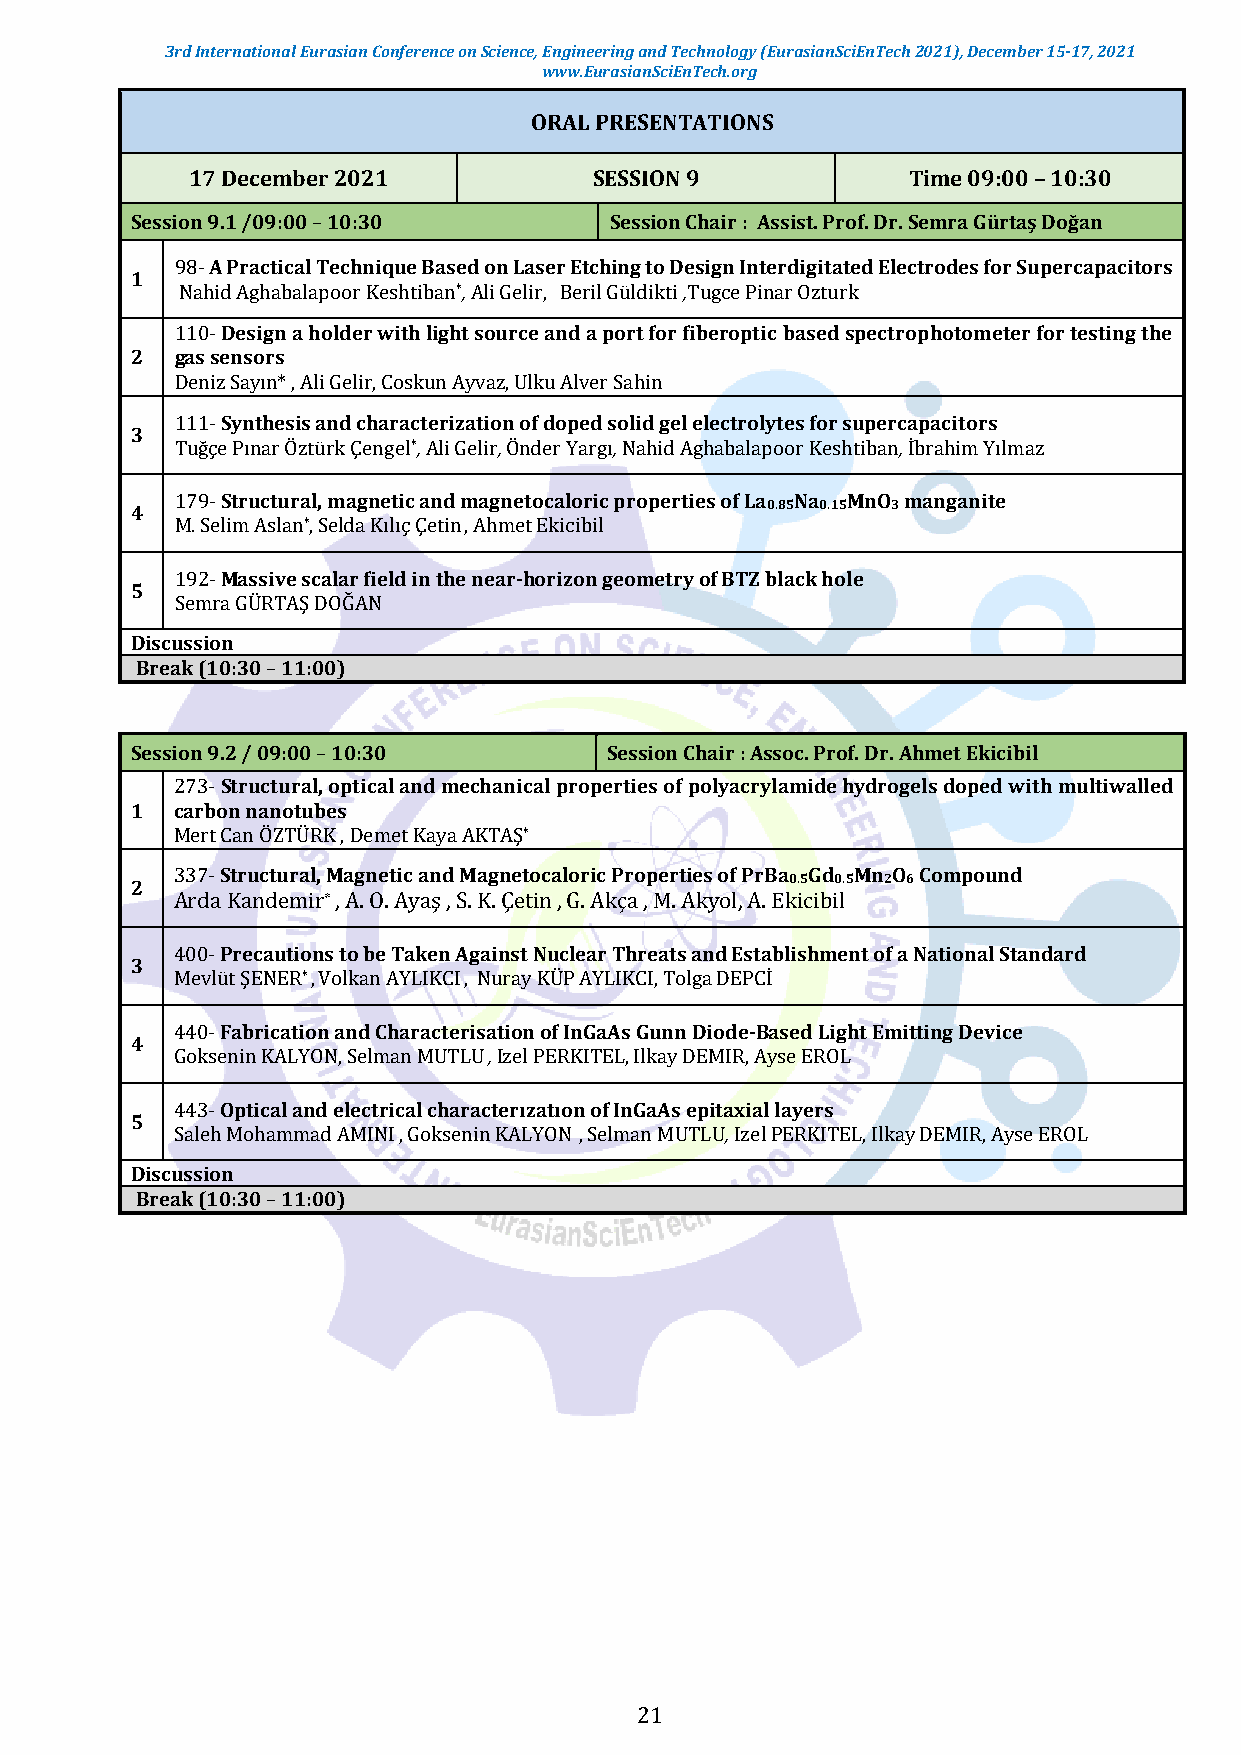
3rd International Eurasian Conference on Science, Engineering and Technology (EurasianSciEnTech 2021), December 15-17, 2021
 www.EurasianSciEnTech.org
 ORAL PRESENTATIONS
 17 December 2021           SESSION 9            Time 09:00 – 10:30
 Session 9.1 /09:00 – 10:30     Session Chair : Assist. Prof. Dr. Semra Gürtaş Doğan
 98- A Practical Technique Based on Laser Etching to Design Interdigitated Electrodes for Supercapacitors
 1
 Nahid Aghabalapoor Keshtiban*, Ali Gelir, Beril Güldikti ,Tugce Pinar Ozturk
 110- Design a holder with light source and a port for fiberoptic based spectrophotometer for testing the
 2  gas sensors
 Deniz Sayın* , Ali Gelir, Coskun Ayvaz, Ulku Alver Sahin
 111- Synthesis and characterization of doped solid gel electrolytes for supercapacitors
 3
 Tuğçe Pınar Öztürk Çengel*, Ali Gelir, Önder Yargı, Nahid Aghabalapoor Keshtiban, İbrahim Yılmaz
 179- Structural, magnetic and magnetocaloric properties of La Na MnO manganite
 4                                         0.85 0.15 3
 M. Selim Aslan*, Selda Kılıç Çetin , Ahmet Ekicibil
 192- Massive scalar field in the near-horizon geometry of BTZ black hole
 5
 Semra GÜRTAŞ DOĞAN
 Discussion
 Break (10:30 – 11:00)
 Session 9.2 / 09:00 – 10:30    Session Chair : Assoc. Prof. Dr. Ahmet Ekicibil
 273- Structural, optical and mechanical properties of polyacrylamide hydrogels doped with multiwalled
 1  carbon nanotubes
 Mert Can ÖZTÜRK , Demet Kaya AKTAŞ*
 337- Structural, Magnetic and Magnetocaloric Properties of PrBa Gd Mn O Compound
 0.5 0.5 2 6
 2
 Arda Kandemir* , A. O. Ayaş , S. K. Çetin , G. Akça , M. Akyol, A. Ekicibil
 400- Precautions to be Taken Against Nuclear Threats and Establishment of a National Standard
 3
 Mevlüt ŞENER* , Volkan AYLIKCI , Nuray KÜP AYLIKCI, Tolga DEPCİ
 440- Fabrication and Characterisation of InGaAs Gunn Diode-Based Light Emitting Device
 4
 Goksenin KALYON, Selman MUTLU , Izel PERKITEL, Ilkay DEMIR, Ayse EROL
 443- Optical and electrical characterızatıon of InGaAs epitaxial layers
 5
 Saleh Mohammad AMINI , Goksenin KALYON , Selman MUTLU, Izel PERKITEL, Ilkay DEMIR, Ayse EROL
 Discussion
 Break (10:30 – 11:00)
 21